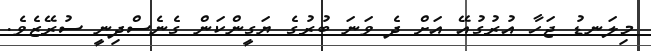
މިލަނޑު ޖަހާ އުރުގުއޭ އަށް ދެ ވަނަ ބުރުގެ ޔަގީންކަން ގެނެސްދިނީ ސުރޭޒެވެ.